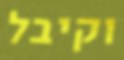
וקיבל